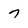
Character: 7